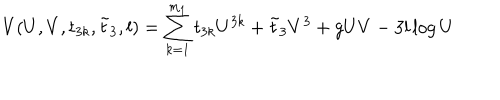
V ( U , V , t _ { 3 k } , \tilde { t } _ { 3 } , l ) = \sum _ { k = 1 } ^ { m _ { 1 } } t _ { 3 k } U ^ { 3 k } + \tilde { t } _ { 3 } V ^ { 3 } + g U V - 3 l \log U